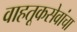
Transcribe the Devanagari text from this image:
वाहतूकसेवांचा